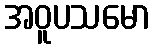
အဝူပသမော